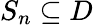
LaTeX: S_{n}\subseteq D